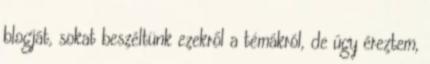
blogját, sokat beszéltünk ezekről a témákról, de úgy éreztem,